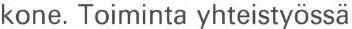
kone. Toiminta yhteistyössä